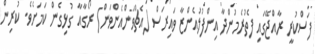
ފަސްކުރީ ރާއްޖޭގައި ފެތުރެމުންދާ އިންފުލުއެންޒާ ވައިރަސް (އެޗްވަންއެންވަން) ރޯގާއާ ގުޅިގެން ކަމަށެވެ. ކުރިން